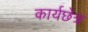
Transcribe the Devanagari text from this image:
कार्यछेत्र